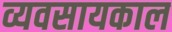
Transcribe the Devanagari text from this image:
व्यवसायकाल